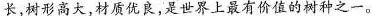
长，树形高大，材质优良，是世界上最有价值的树种之一。